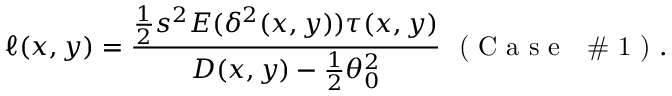
\ell ( x , y ) = \frac { \frac { 1 } { 2 } s ^ { 2 } E ( \delta ^ { 2 } ( x , y ) ) \tau ( x , y ) } { D ( x , y ) - \frac { 1 } { 2 } \theta _ { 0 } ^ { 2 } } ~ \textrm { ( C a s e ~ \# 1 ) } .